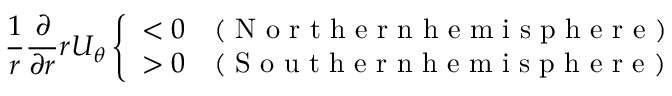
\frac { 1 } { r } \frac { \partial } { \partial r } r U _ { \theta } \left\{ \begin{array} { l l } { < 0 } & { ( \mathrm { ~ N ~ o ~ r ~ t ~ h ~ e ~ r ~ n ~ h ~ e ~ m ~ i ~ s ~ p ~ h ~ e ~ r ~ e ~ } ) } \\ { > 0 } & { ( \mathrm { ~ S ~ o ~ u ~ t ~ h ~ e ~ r ~ n ~ h ~ e ~ m ~ i ~ s ~ p ~ h ~ e ~ r ~ e ~ } ) } \end{array} \right.